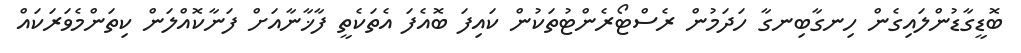
ބޮޑީގާޑުންލައިގެން ހިނގާބިނގާ ހަދަމުން ރެސްޓޯރެންޓުތަކުން ކައިފަ ބޮއެފަ އެތަކެތީ ފާޚާނާއަށް ފަނާކޮއްލަން ކިތަންމެވަރަކައް